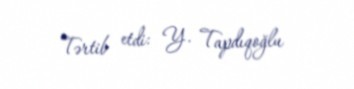
Tərtib etdi: Y. Tapdıqoğlu